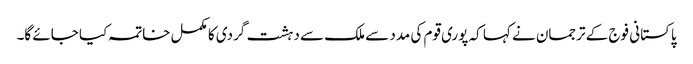
پاکستانی فوج کے ترجمان نے کہا کہ پوری قوم کی مدد سے ملک سے دہشت گردی کا مکمل خاتمہ کیا جائے گا۔